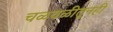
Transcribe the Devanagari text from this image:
चळवळीतूनही